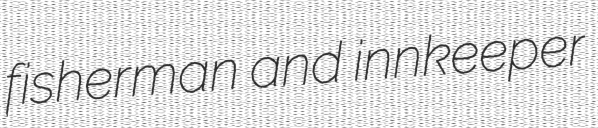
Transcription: fisherman and innkeeper